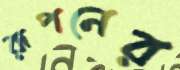
রূপনের